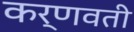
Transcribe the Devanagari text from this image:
कर्णवती